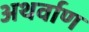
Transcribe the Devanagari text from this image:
अथर्वाण